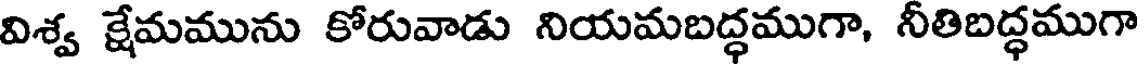
విశ్వ క్షేమమును కోరువాడు నియమబద్ధముగా, నీతిబద్ధముగా